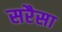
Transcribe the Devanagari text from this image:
सरैसा